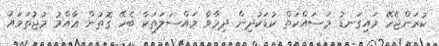
ކުރަންޖެހޭ މައިގަނޑު މަސައްކަތް ކުޑަކުދިން ދިމާވާ މައްސަލަތަކާ ބެހޭ ގޮތުން ޢާއްމު މުޖުތަމަޢު